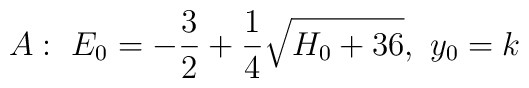
A:~E_0=-{3\over 2}+{1\over 4}\sqrt{H_0+36},~y_0=k